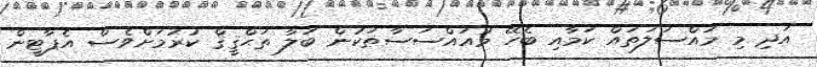
އަދި މި މައްސަލަތައް ކަމާއި ބެހޭ މުއައްސަސާތަކުން ބަލާ ތަޙްޤީޤް ކުރުމަށްވެސް އެޕާޓީން